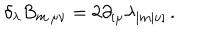
\delta _ { \lambda } B _ { m \, \mu \nu } = 2 \partial _ { [ \mu } \lambda _ { | m | \nu ] } \, .